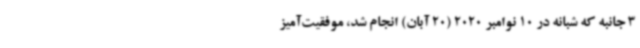
3 جانبه که شبانه در 10 نوامبر 2020 (20 آبان) انجام شد، موفقیت‌آمیز